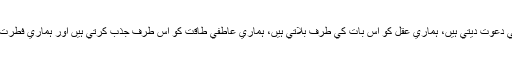
يہ تمام چيزيں ہميں ”معرفت خدا“كي دعوت ديتي ہيں، ہماري عقل كو اس بات كي طرف بلاتي ہيں، ہماري عاطفي طاقت كو اس طرف جذب كرتي ہيں اور ہماري فطرت كو اس راستہ كي طرف لگاتي ہيں۔